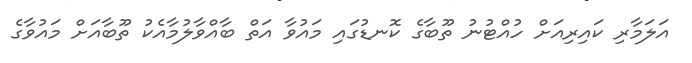
އަލަމާރި ކައިރިއަށް ހުއްޓުނު ތޫބާގެ ކޮނޑުގައި މައުވާ އަތް ބާއްވާލުމާއެކު ތޫބާއަށް މައުވާގެ